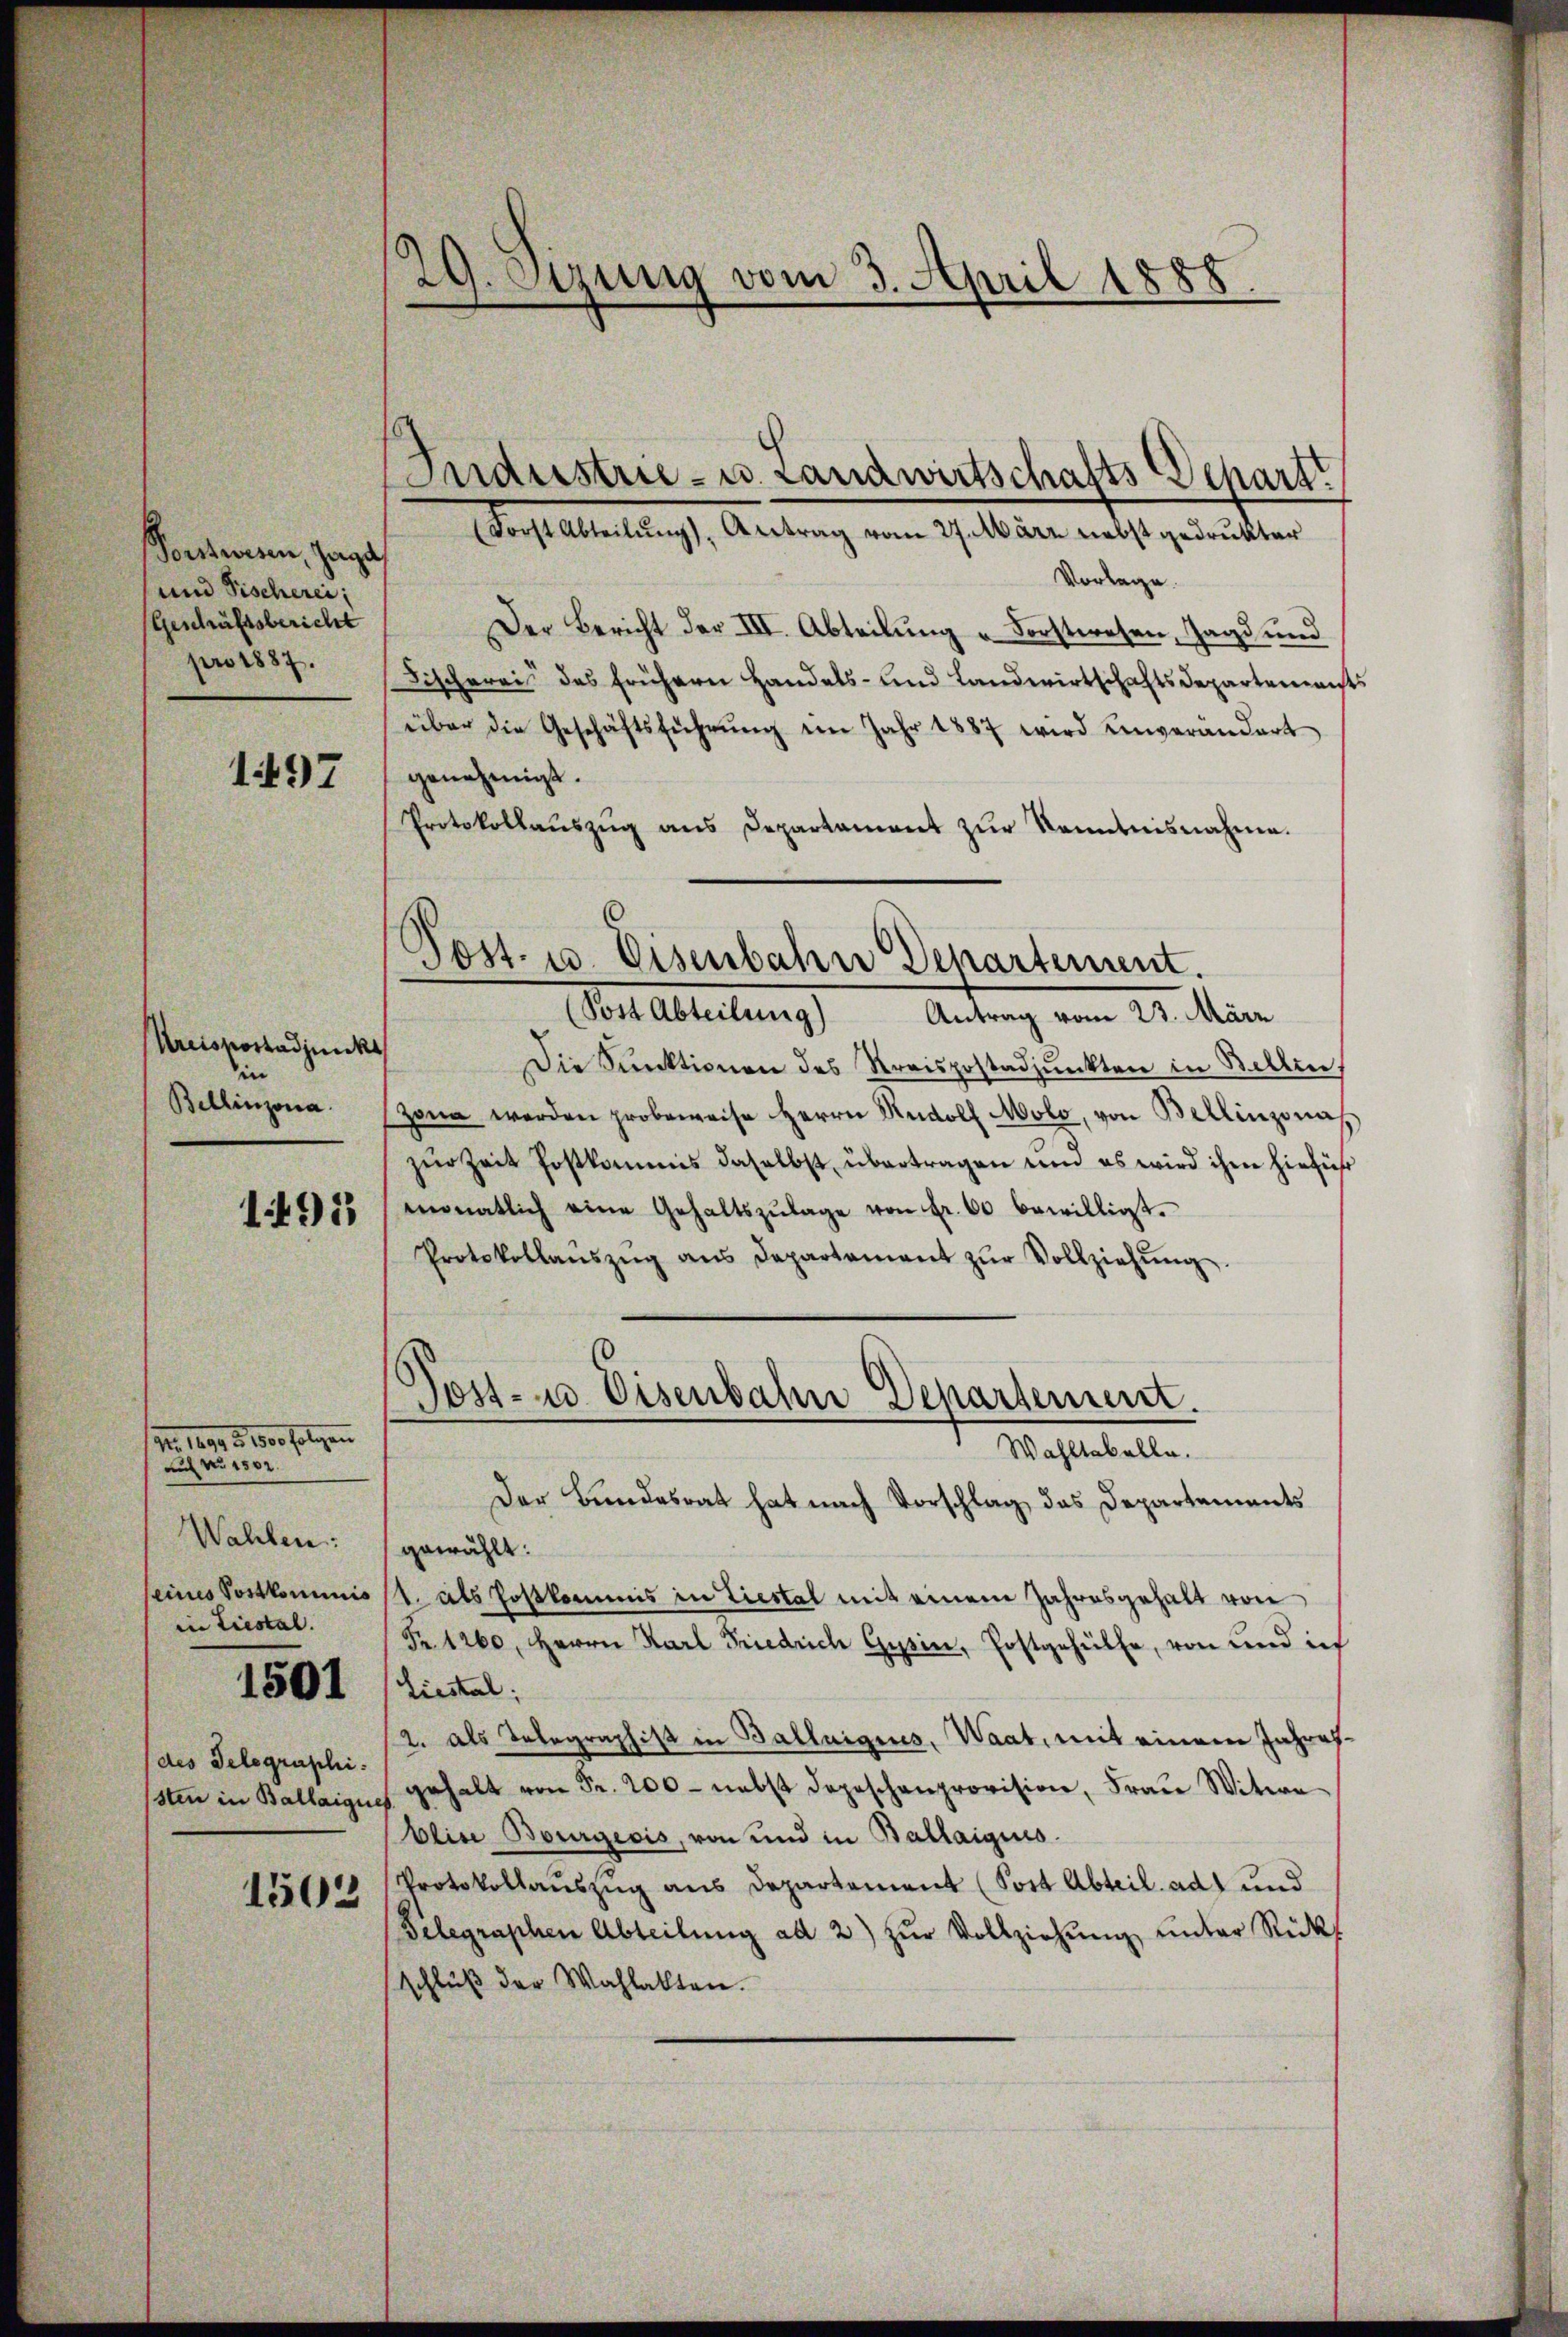
Porstwesen, Zuga
und Fischerei;
Geschäftsbericht
pro 1887.

1497

Kreisportadjunkt
in
Bellinzona.

1491

M. 1891. 2. 30 folgen
auf No 1502.
Wahlen:
eines Postkommnis
in Liestal.

1501

des Telegraphi
ssten in Ballaigu

1503

29. Ozung vom 3. April 1888.

Post- u. Eisenbahn Departement.

Industrie- u. Landwirtschafts-Schartt
Forst Abteilŭng, Antrag vom 27. März nebst gedruckter
Vorlage.
Der Bericht der III. Abteilung v. Forstwesen, Jagd und
Fischereis des frühern Handels- und Landwirtschaftsdepartemenst
über die Geschäftsführŭng im Jahr 1887 wird unverandart
genehmigt.
Protokollauszug aus Departament zur Kenntnisnahme.
(Post Abteilung) Antrag vom 23. März
Die Funktionen des Kreispostadjunkten in Bellen,
zona werden probeweise Herrn Rudolf Molo, von Bellinzonah
zŭr Zeit Postkommis daselbst übertragen um es wird ihm hiefür
monatlich eine Gehaltszŭlage von Fr. 60 bewilligt.
Protokollanszŭg ans Departement zŭr Vollziehŭng.
Post- u. Eisenbahne Departement.
Wahltabelle.
Der Bundesrat hat nach Vorschlag, das Departements
gewählt:
1. als Postkommis in Liestal mit einem Jahresgehalt von
Nr. 1260. Herrn Karl Friedrich Gysin, Postgehülfe, von und ich
Liestal
2. als Telegraphist in Balluigiis, Waat, mit einem Jahresgehalt von Fr. 200 - nebst Depeschenprovision, Frau Witwe
Aline Bourgecis, von und in Ballaigues.
Protokollauszug aus Departement (Sort Abteil. ad 1 und
Telegraphen Abteilŭng ad 2) zŭr Vollziehŭng ŭnter Rückf
schlŭβ der Wahlakten.